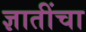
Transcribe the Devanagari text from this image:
ज्ञातींचा